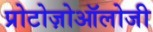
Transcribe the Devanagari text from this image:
प्रोटोज़ोऑलोजी